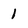
Character: 1